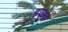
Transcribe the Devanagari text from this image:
इज्मा